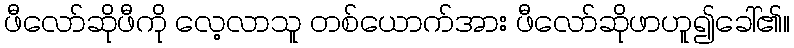
ဖီလော်ဆိုဖီကို လေ့လာသူ တစ်ယောက်အား ဖီလော်ဆိုဖာဟူ၍ခေါ်၏။